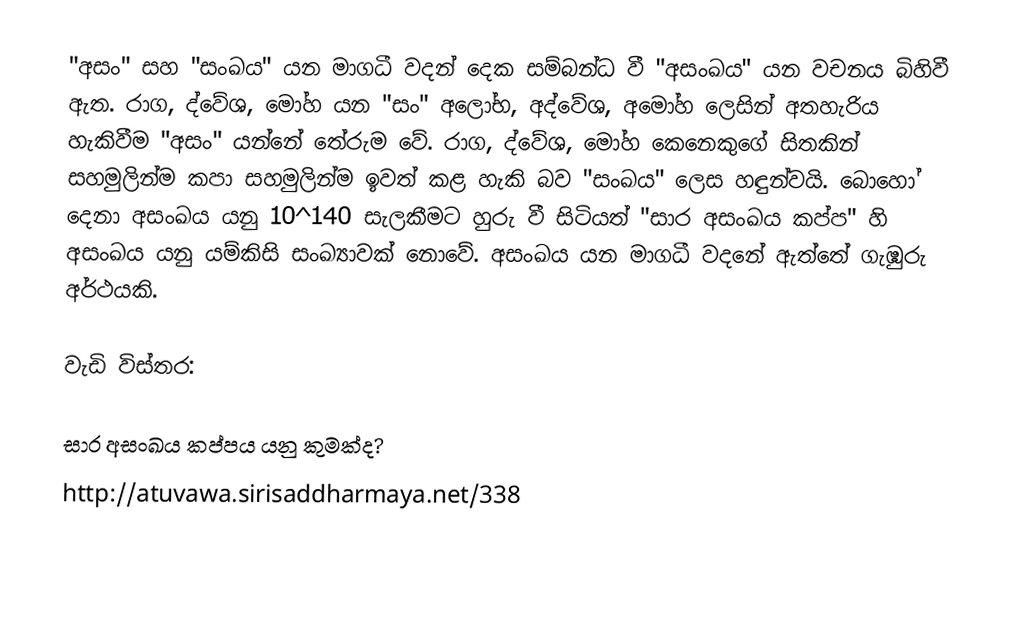
"අසං" සහ "සංඛය" යන මාගධී වදන් දෙක සම්බන්ධ වී "අසංඛය" යන වචනය බිහිවී ඇත. රාග, ද්වේශ, මෝහ යන "සං" අලෝභ, අද්වේශ, අමෝහ ලෙසින් අතහැරිය හැකිවීම "අසං" යන්නේ තේරුම වේ. රාග, ද්වේශ, මෝහ කෙනෙකුගේ සිතකින් සහමුලින්ම කපා සහමුලින්ම ඉවත් කළ හැකි බව "සංඛය" ලෙස හඳුන්වයි. බොහෝ දෙනා අසංඛය යනු 10^140 සැලකීමට හුරු වී සිටියත් "සාර අසංඛය කප්ප" හි අසංඛය යනු යම්කිසි සංඛ්‍යාවක් නොවේ. අසංඛය යන මාගධී වදනේ ඇත්තේ ගැඹුරු අර්ථයකි.

වැඩි විස්තර:

සාර අසංඛය කප්පය යනු කුමක්ද​?
http://atuvawa.sirisaddharmaya.net/338